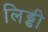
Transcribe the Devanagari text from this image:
लिड्डी